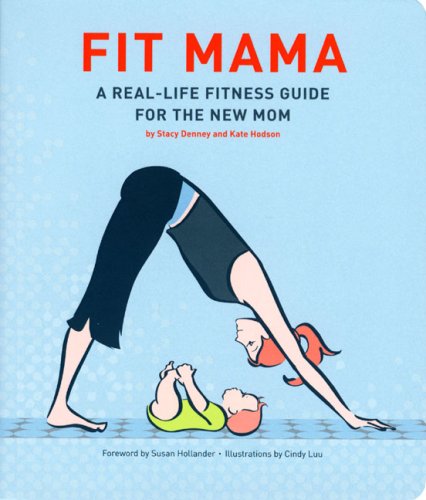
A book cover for Fit Mama: A Real-Life Fitness Guide for the New Mom; Stacy Denney; Health, Fitness & Dieting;